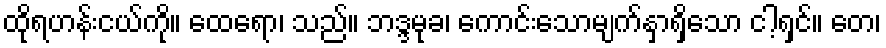
ထိုရဟန်းငယ်ကို။ ထေရော၊ သည်။ ဘဒ္ဒမုခ၊ ကောင်းသောမျက်နှာရှိသော ငါ့ရှင်။ တေ၊